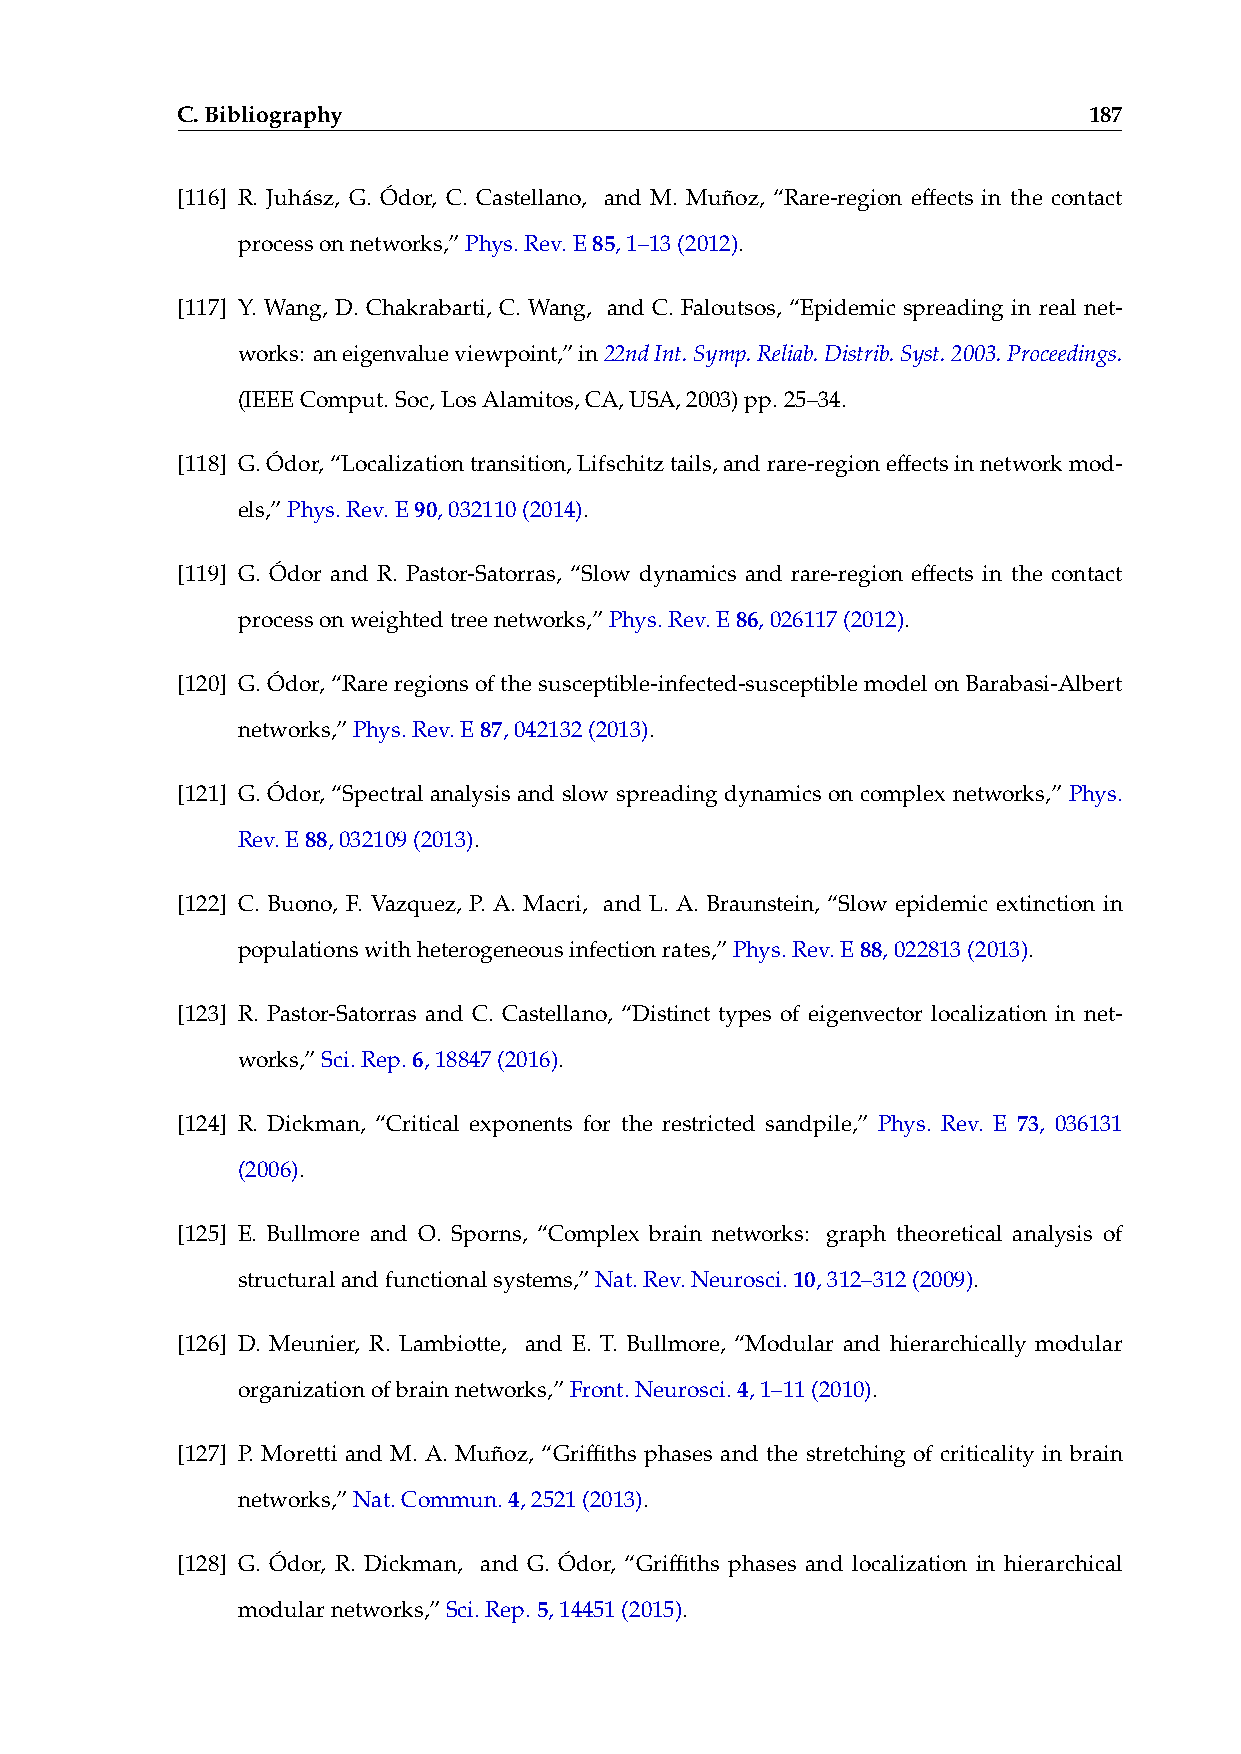
C.Bibliography                                              187
 [116] R. Juhász, G. Ódor, C. Castellano, and M. Muñoz, “Rare-region effects in the contact
 processonnetworks,”Phys.Rev.E85,1–13(2012).
 [117] Y. Wang, D. Chakrabarti, C. Wang, and C. Faloutsos, “Epidemic spreading in real net-
 works: aneigenvalueviewpoint,”in22ndInt.Symp.Reliab.Distrib.Syst.2003.Proceedings.
 (IEEEComput.Soc,LosAlamitos,CA,USA,2003)pp.25–34.
 [118] G.Ódor,“Localizationtransition,Lifschitztails,andrare-regioneffectsinnetworkmod-
 els,”Phys.Rev.E90,032110(2014).
 [119] G. Ódor and R. Pastor-Satorras, “Slow dynamics and rare-region effects in the contact
 processonweightedtreenetworks,”Phys.Rev.E86,026117(2012).
 [120] G.Ódor,“Rareregionsofthesusceptible-infected-susceptiblemodelonBarabasi-Albert
 networks,”Phys.Rev.E87,042132(2013).
 [121] G. Ódor, “Spectral analysis and slow spreading dynamics on complex networks,” Phys.
 Rev.E88,032109(2013).
 [122] C. Buono, F. Vazquez, P. A. Macri, and L. A. Braunstein, “Slow epidemic extinction in
 populationswithheterogeneousinfectionrates,”Phys.Rev.E88,022813(2013).
 [123] R. Pastor-Satorras and C. Castellano, “Distinct types of eigenvector localization in net-
 works,”Sci.Rep.6,18847(2016).
 [124] R. Dickman, “Critical exponents for the restricted sandpile,” Phys. Rev. E 73, 036131
 (2006).
 [125] E. Bullmore and O. Sporns, “Complex brain networks: graph theoretical analysis of
 structuralandfunctionalsystems,”Nat.Rev.Neurosci.10,312–312(2009).
 [126] D. Meunier, R. Lambiotte, and E. T. Bullmore, “Modular and hierarchically modular
 organizationofbrainnetworks,”Front.Neurosci.4,1–11(2010).
 [127] P. Moretti and M. A. Muñoz, “Griffiths phases and the stretching of criticality in brain
 networks,”Nat.Commun.4,2521(2013).
 [128] G. Ódor, R. Dickman, and G. Ódor, “Griffiths phases and localization in hierarchical
 modularnetworks,”Sci.Rep.5,14451(2015).